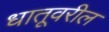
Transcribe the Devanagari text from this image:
धातूवरील